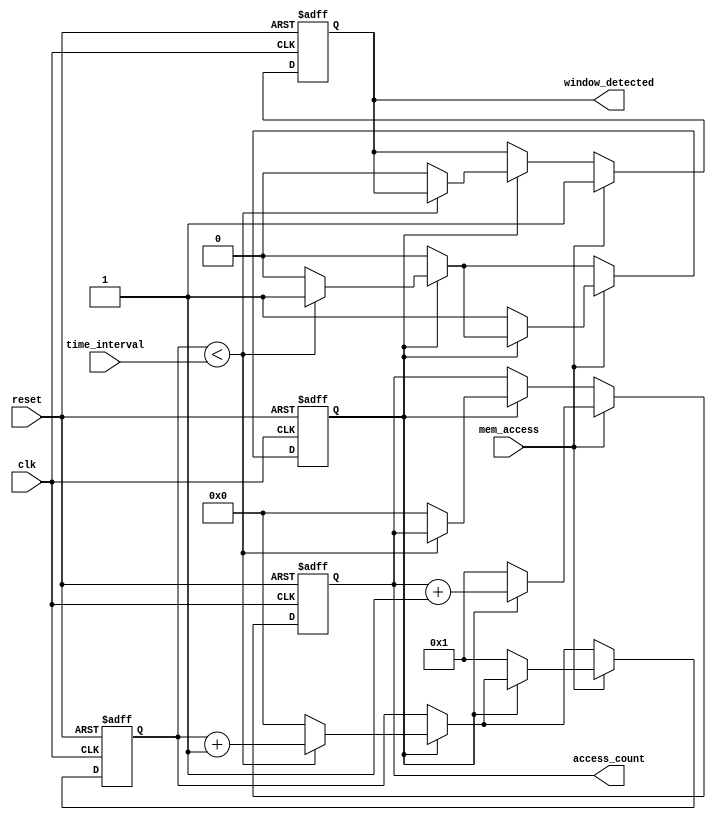
module MemoryBlocksTimeWindowDetector (
    input wire clk,                // System clock signal
    input wire reset,              // Asynchronous reset signal
    input wire mem_access,         // Memory access signal (read/write)
    input wire [7:0] time_interval, // Configurable time-window in clock cycles
    output reg window_detected,    // Signal indicating memory access within time-window
    output reg [7:0] access_count   // Counter for accesses detected within time-window
);

    reg [7:0] counter;             // Counter for time-window
    reg counting;                  // State to indicate if we are counting

    // Asynchronous reset and counting logic
    always @(posedge clk or posedge reset) begin
        if (reset) begin
            counter <= 0;
            access_count <= 0;
            window_detected <= 0;
            counting <= 0;
        end else begin
            if (counting) begin
                // Increment the counter until it reaches the time_interval
                if (counter < time_interval) begin
                    counter <= counter + 1;
                end else begin
                    // Time-window expired, reset access count and window detected
                    counter <= 0;
                    access_count <= 0;
                    window_detected <= 0;
                    counting <= 0; // Stop counting
                end
            end
            
            // Detect memory access
            if (mem_access) begin
                if (!counting) begin
                    // Start counting if not already counting
                    counting <= 1;
                    counter <= 1; // Start counting from 1
                    access_count <= 1; // First access detected
                    window_detected <= 1; // Set window detected
                end else begin
                    // Increment access count if already counting
                    access_count <= access_count + 1;
                    window_detected <= 1; // Keep window detected
                end
            end
        end
    end

endmodule